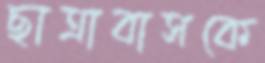
ছাত্রাবাসকে